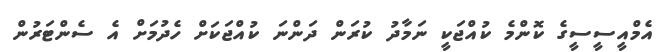
އެމްއީސީސީގެ ކޮންމެ ކުއްޖަކީ ނަމާދު ކުރަން ދަންނަ ކުއްޖަކަށް ހެދުމަށް އެ ސެންޓަރުން